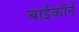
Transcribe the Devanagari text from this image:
बाईकॉर्न